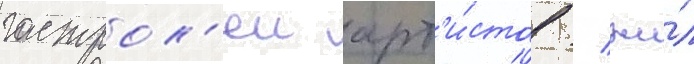
гастрол'еи арт'и́стов / жи́л